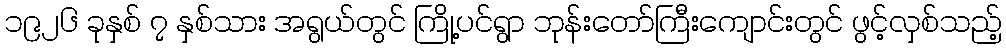
၁၉၂၆ ခုနှစ် ၇ နှစ်သား အရွယ်တွင် ကြို့ပင်ရွာ ဘုန်းတော်ကြီးကျောင်းတွင် ဖွင့်လှစ်သည့်